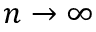
n \rightarrow \infty